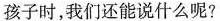
孩子时，我们还能说什么呢?